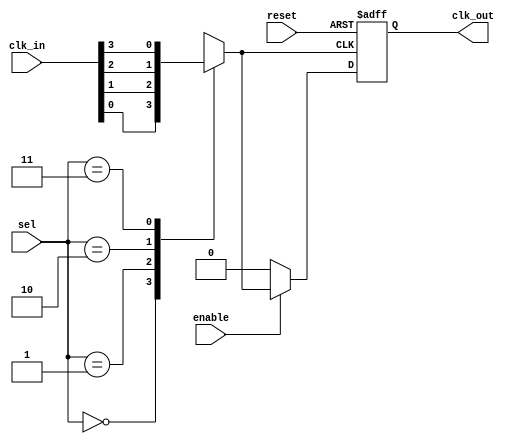
module ClockMultiplexerBuffer #(
    parameter N = 4, // Number of clock inputs
    parameter M = 2  // Number of select lines (2^M = N)
)(
    input wire [N-1:0] clk_in,      // Clock Inputs
    input wire [M-1:0] sel,         // Select Lines
    input wire enable,               // Enable Signal
    input wire reset,                // Reset Signal
    output reg clk_out               // Clock Output
);

    // Internal variable to hold the selected clock signal
    reg selected_clk;

    always @(*) begin
        // Select clock based on select lines
        case (sel)
            2'b00: selected_clk = clk_in[0];
            2'b01: selected_clk = clk_in[1];
            2'b10: selected_clk = clk_in[2];
            2'b11: selected_clk = clk_in[3];
            default: selected_clk = clk_in[0]; // Default case
        endcase
    end
    
    // Output logic with reset and enable
    always @(posedge selected_clk or posedge reset) begin
        if (reset) begin
            clk_out <= 1'b0; // Set output to low on reset
        end else if (enable) begin
            clk_out <= selected_clk; // Buffer the selected clock signal
        end else begin
            clk_out <= 1'b0; // Hold output low when not enabled
        end
    end

endmodule